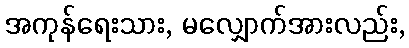
အကုန်ရေးသား, မလျှောက်အားလည်း,